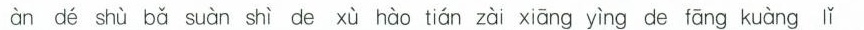
àn dé shù bǎ suàn shì de xù hào tián zài xiāng yìng de fāng kuàng lǐ